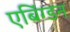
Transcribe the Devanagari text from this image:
एबिंग्डन